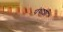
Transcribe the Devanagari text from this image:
पंथाशी